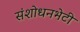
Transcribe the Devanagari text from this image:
संशोधनभेटी